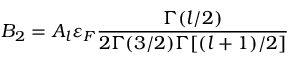
B _ { 2 } = A _ { l } \varepsilon _ { F } \frac { \Gamma ( l / 2 ) } { 2 \Gamma ( 3 / 2 ) \Gamma [ ( l + 1 ) / 2 ] }